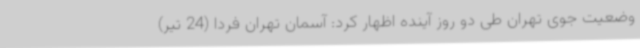
وضعیت جوی تهران طی دو روز آینده اظهار کرد: آسمان تهران فردا (24 تیر)